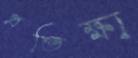
প্রতিক্ষা